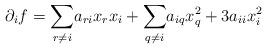
LaTeX: \begin{align*}\partial_{i}f=\underset{r\neq i}{\sum}a_{ri}x_{r}x_{i}+\underset{q\neq i}{\sum}a_{iq}x_{q}^{2}+3a_{ii}x_{i}^{2}\end{align*}